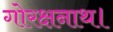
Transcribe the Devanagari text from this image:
गोरक्षनाथ।